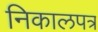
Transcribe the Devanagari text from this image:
निकालपत्र